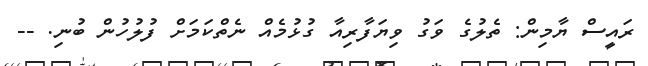
ރައީސް ޔާމިން: ތެލުގެ ވަގު ވިޔަފާރިއާ ގުޅުމެއް ނެތްކަމަށް ފުލުހުން ބުނި. --